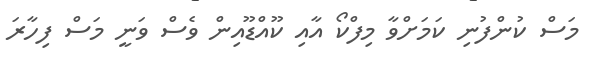
މަސް ކުންފުނި ކަމަށްވާ މިފްކޯ އާއި ކޫއްޑޫއިން ވެސް ވަނީ މަސް ފިހާރަ